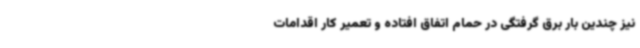
نیز چندین بار برق گرفتگی در حمام اتفاق افتاده و تعمیر کار اقدامات